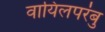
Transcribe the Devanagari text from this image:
वायिलपरंबु